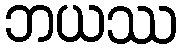
ဘယဿ